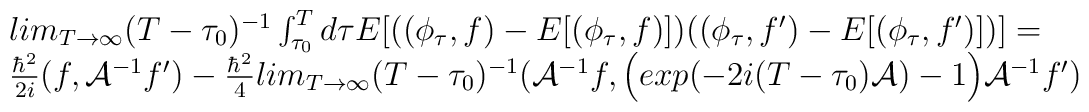
\begin{array}{l}lim_{T\rightarrow \infty}(T-\tau_{0})^{-1} \int_{\tau_{0}}^{T}d\tau E[((\phi_{\tau},f)-E[(\phi_{\tau},f)]) ((\phi_{\tau},f^{\prime})-E [(\phi_{\tau},f^{\prime})])]=\cr\frac{\hbar^{2}}{2i}(f,{\cal A}^{-1} f^{\prime}  )-\frac{\hbar^{2}}{4}lim_{T\rightarrow \infty}(T-\tau_{0})^{-1}({\cal A}^{-1}f,\Big(exp(-2i(T-\tau_{0}){\cal A})-1\Big){\cal A}^{-1}f^{\prime})\end{array}